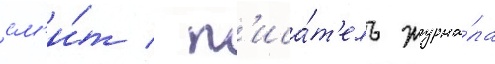
см'и́т / п'иса́т'ель журна́ла